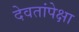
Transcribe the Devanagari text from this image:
देवतांपेक्षा